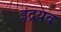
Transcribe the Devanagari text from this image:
इंद्रयव